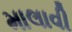
માલાવી